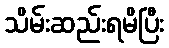
သိမ်းဆည်းရမိပြီး